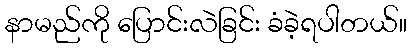
နာမည်ကို ပြောင်းလဲခြင်း ခံခဲ့ရပါတယ်။